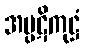
အပ္ပဋိကုဋ္ဌံ